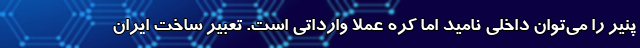
پنیر را می‌توان داخلی نامید اما کره عملا وارداتی است. تعبیر ساخت ایران